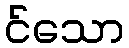
င်သော